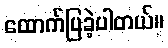
ထောက်ပြခဲ့ပါတယ်။